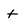
Character: t